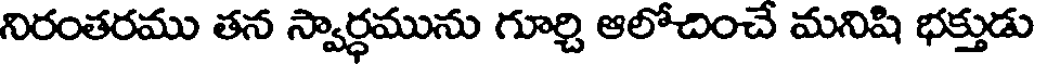
నిరంతరము తన స్వార్ధమును గూర్చి ఆలోచించే మనిషి భక్తుడు